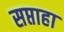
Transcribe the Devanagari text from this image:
सप्ताहा